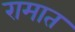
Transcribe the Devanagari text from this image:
रामात